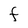
Character: F